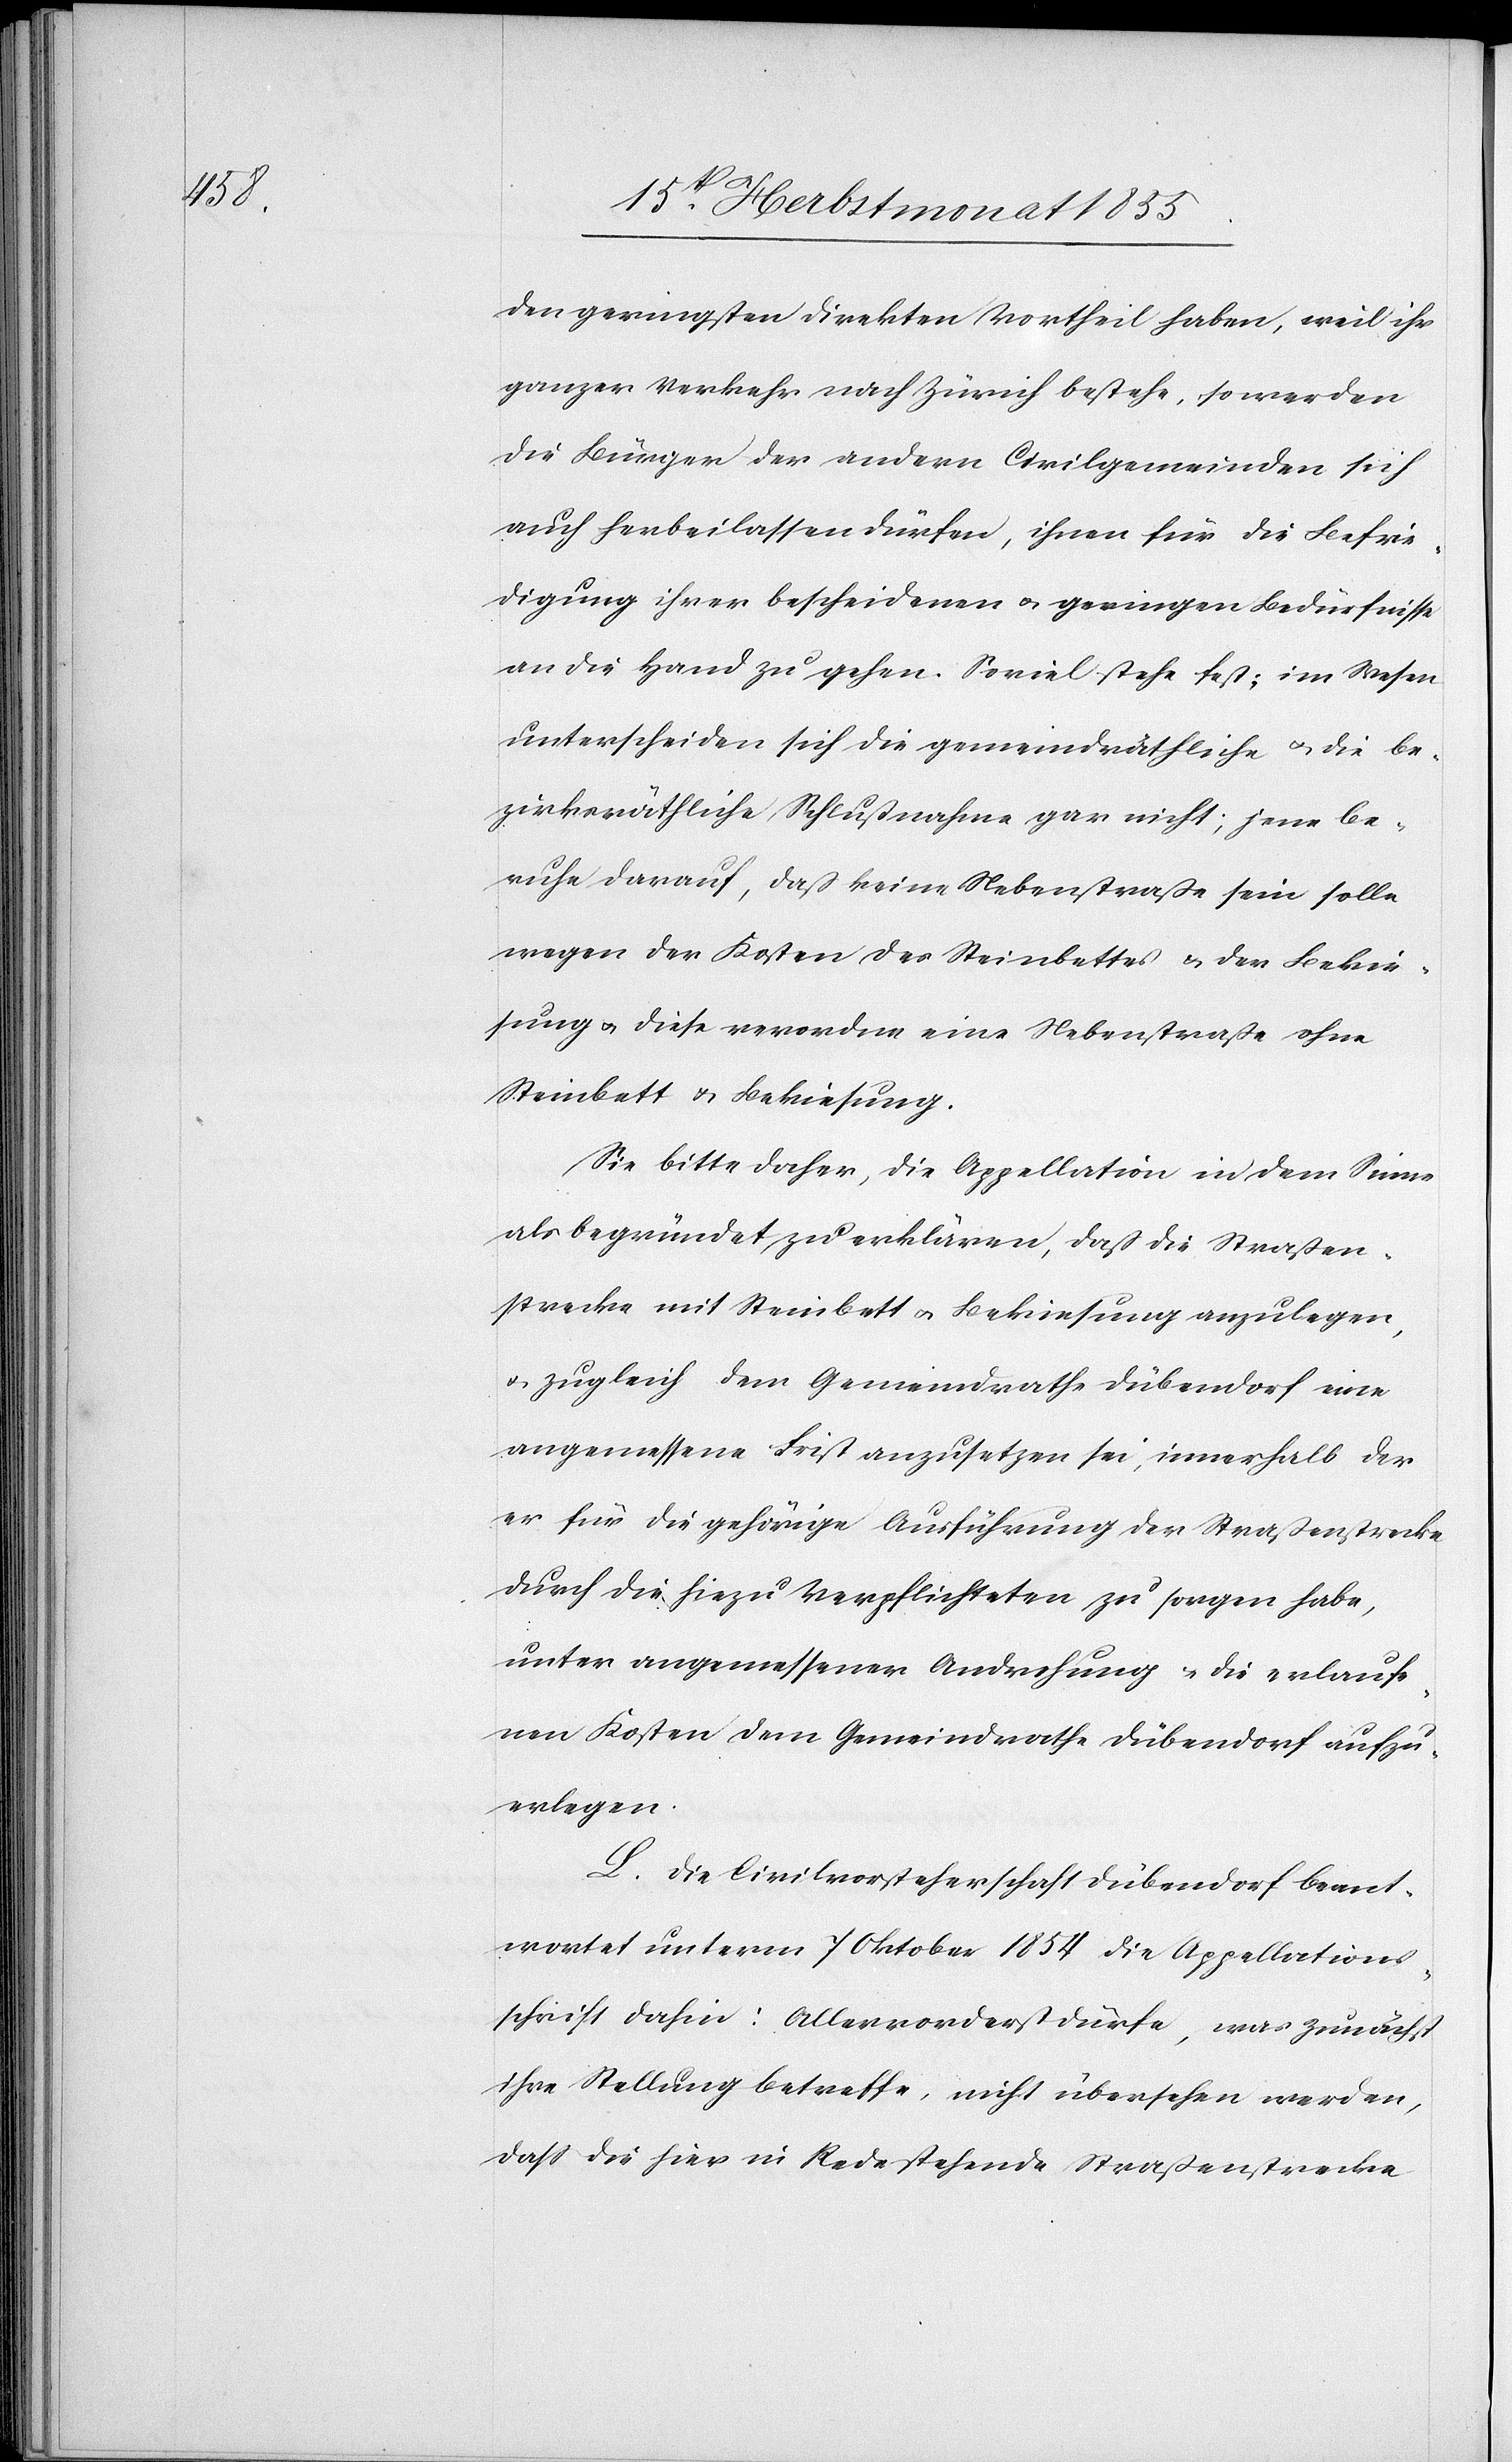
den geringsten direkten Vortheil haben, weil ihr
ganzer Verkehr nach Zürich bestehe, so werden
die Bürger der andern Civilgemeinden sich
auch herbeilassen dürfen, ihnen für die Befrie¬
digung ihrer bescheidenen & geringen Bedürfnisse
an die Hand zu gehen. Soviel stehe fest: im Wesen
unterscheiden sich die gemeindräthliche & die be¬
zirksräthliche Schlußnahme gar nicht; jene be¬
ruhe darauf, daß keine Nebenstraße sein solle
wegen der Kosten des Steinbettes & der Bekie¬
sung & diese verordne eine Nebenstraße ohne
Steinbett & Bekiesung.
Sie bitte daher, die Appellation in dem Sinne
als begründet zu erklären, daß die Straßen¬
strecke mit Steinbett & Bekiesung anzulegen,
& zugleich dem Gemeindrathe Dübendorf eine
angemessene Frist anzusetzen sei, innerhalb der
er für die gehörige Ausführung der Straßenstrecke
durch die hiezu Verpflichteten zu sorgen habe,
unter angemessener Androhung & die erlaufe¬
nen Kosten dem Gemeindrathe Dübendorf aufzu¬
erlegen.
L. Die Civilvorsteherschaft Dübendorf beant¬
wortet unterm 7 Oktober 1854 die Appellations¬
schrift dahin: Allervorderst dürfe, was zunächst
ihre Stellung betreffe, nicht übersehen werden,
dass die hier in Rede stehende Straßenstrecke